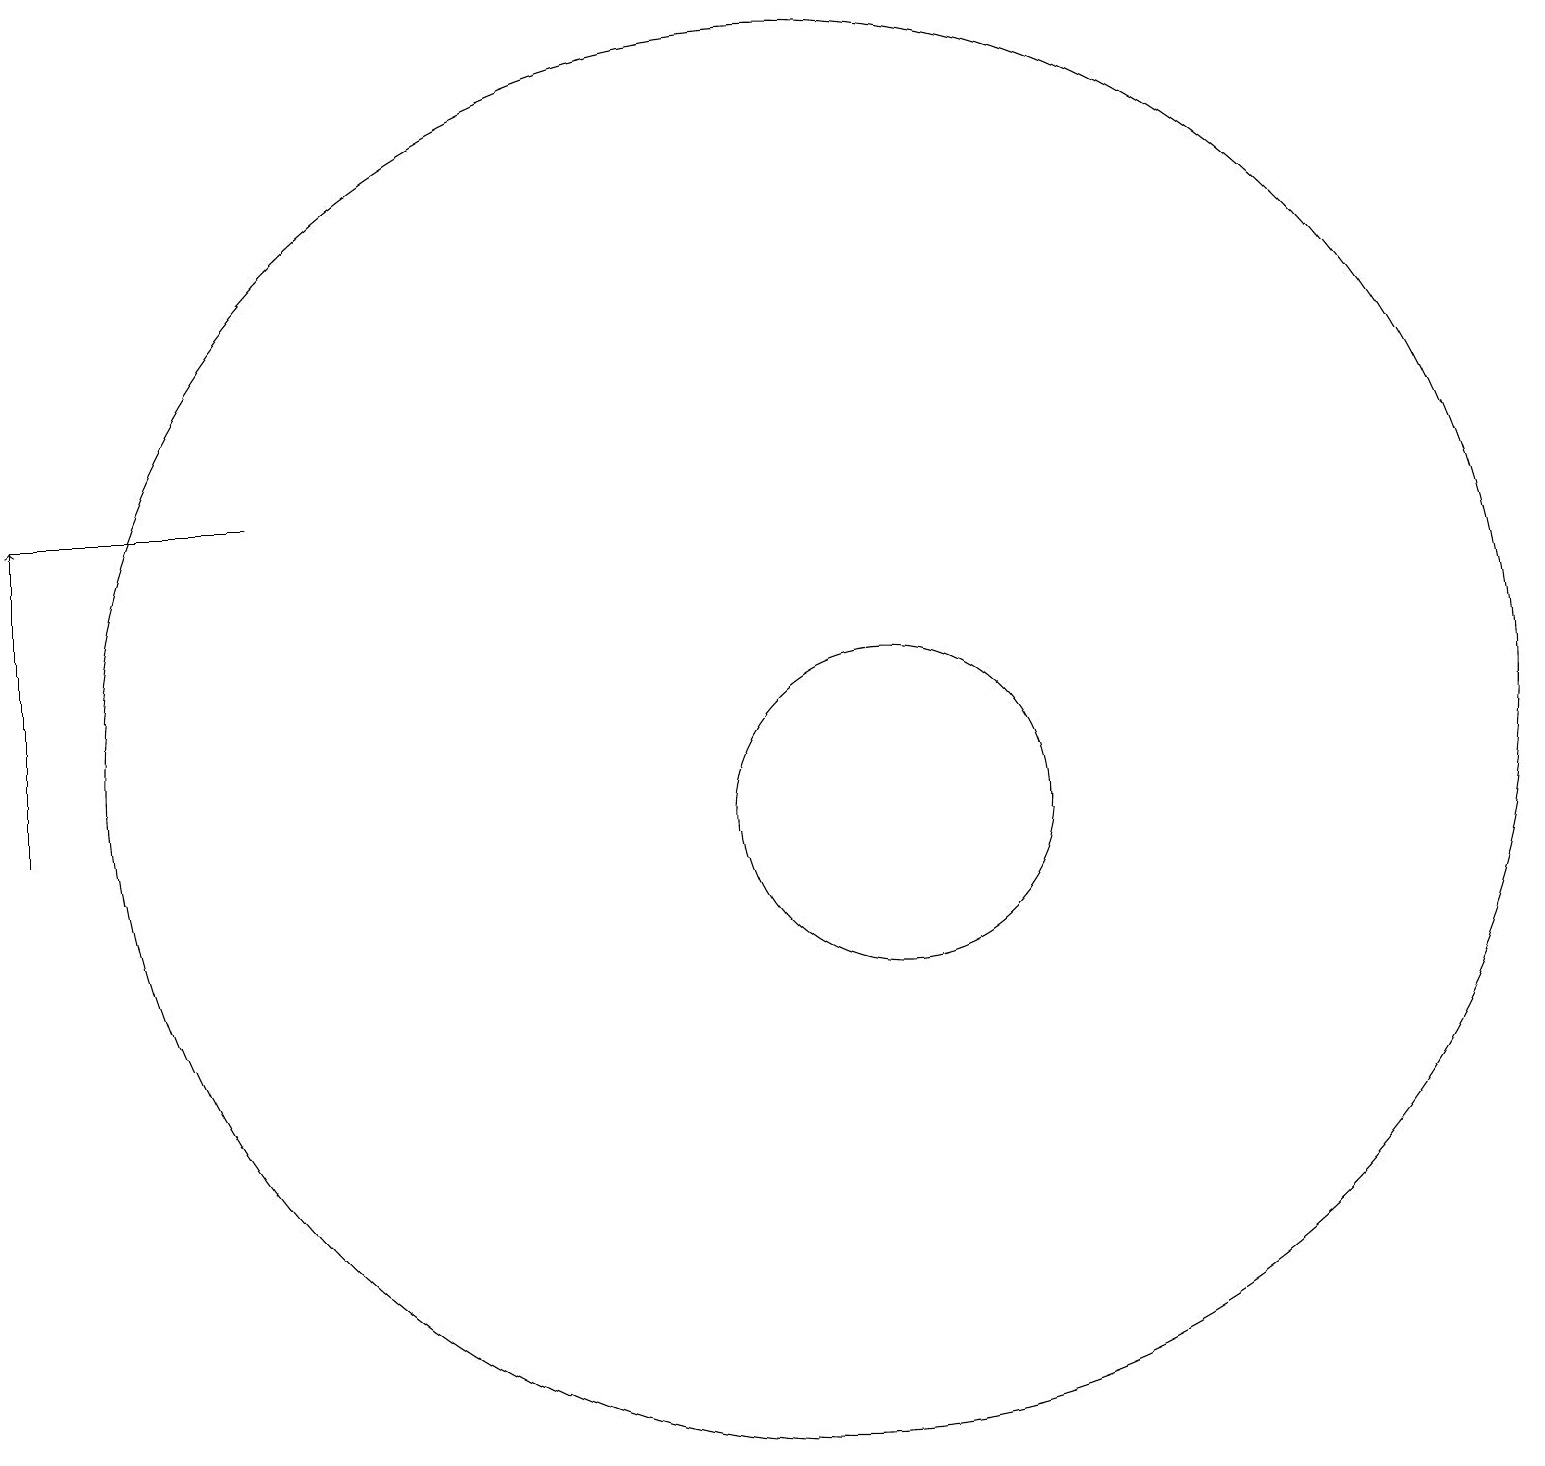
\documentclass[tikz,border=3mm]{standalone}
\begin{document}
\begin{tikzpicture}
\draw (10,11) circle (9);
\draw (3,14) rectangle (0,14);
\draw (11,10) circle (2);
\draw[->] (0,10) -- (0,14);
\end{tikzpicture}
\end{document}